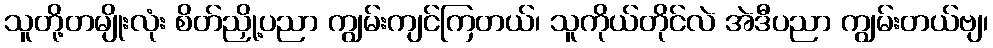
သူတို့တမျိုးလုံး စိတ်ညှို့ပညာ ကျွမ်းကျင်ကြတယ်၊ သူကိုယ်တိုင်လဲ အဲဒီပညာ ကျွမ်းတယ်ဗျ၊